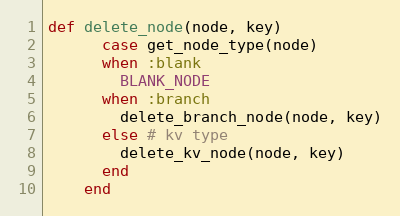
Language: Ruby
def delete_node(node, key)
      case get_node_type(node)
      when :blank
        BLANK_NODE
      when :branch
        delete_branch_node(node, key)
      else # kv type
        delete_kv_node(node, key)
      end
    end